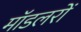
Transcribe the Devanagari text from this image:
मॉडलरों